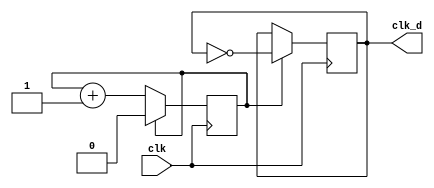
`timescale 1ns / 1ps
//////////////////////////////////////////////////////////////////////////////////
// Company: 
// Engineer: 
// 
// Design Name: 
// Module Name: clk_div
// Project Name: 
// Target Devices: 
// Tool Versions: 
// Description: 
// 
// Dependencies: 
// 
// Revision:
// Revision 0.01 - File Created
// Additional Comments:
// 
//////////////////////////////////////////////////////////////////////////////////

module clk_div (clk, clk_d);
    parameter div_value = 1;
    input clk;
    output clk_d;
    reg clk_d;
    reg count;
    initial
        begin
        clk_d = 0;
        count = 0;
    end
    always @(posedge clk)
    
        begin
            if (count == div_value)
                count <= 0;
            else
                count <= count + 1;
        end
    always @(posedge clk)
        begin
            if (count == div_value)
                clk_d <= ~clk_d;
        end
endmodule